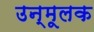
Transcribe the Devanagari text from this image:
उन्मूलक